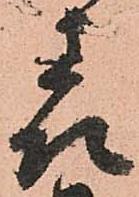
表